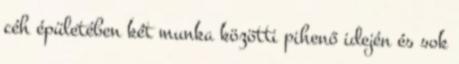
céh épületében két munka közötti pihenő idején és sok